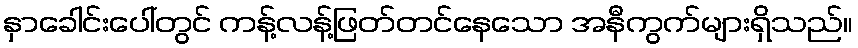
နှာခေါင်းပေါ်တွင် ကန့်လန့်ဖြတ်တင်နေသော အနီကွက်များရှိသည်။